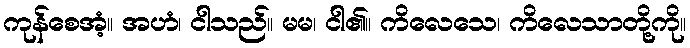
ကုန်စေအံ့။ အဟံ၊ ငါသည်။ မမ၊ ငါ၏။ ကိလေသေ၊ ကိလေသာတို့ကို။